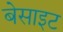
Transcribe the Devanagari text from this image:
बेसाइट